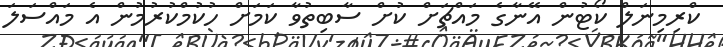
ކްރިމިނަލް ކޯޓުން އޭނާގެ މައްޗަށް ކުށް ސާބިތުވާ ކަމަށް ހުކުމްކުރުމުން އެ މައްސަލަ